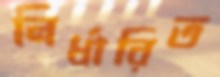
নির্ধারিত